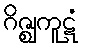
ဂိဇ္ဈကူဋံ